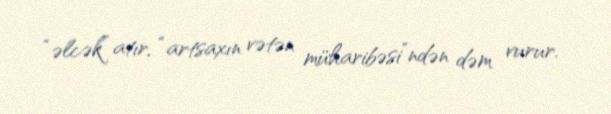
“əlcək” atır, “artsaxın vətən müharibəsi”ndən dəm vurur.